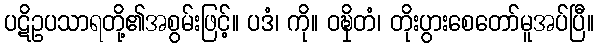
ပဋိဥပသာရတို့၏အစွမ်းဖြင့်။ ပဒံ၊ ကို။ ဝဍ္ဎှိတံ၊ တိုးပွားစေတော်မူအပ်ပြီ။